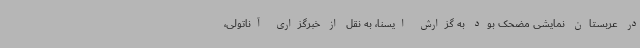
در عربستان نمایشی مضحک بود به گزارش ایسنا، به نقل از خبرگزاری آناتولی،